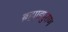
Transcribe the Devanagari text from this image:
ब्रह्मा़डपुराण